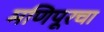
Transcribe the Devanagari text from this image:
मणिपूरचा